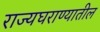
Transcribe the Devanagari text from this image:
राज्यघराण्यातील